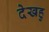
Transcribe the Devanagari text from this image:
देखहु